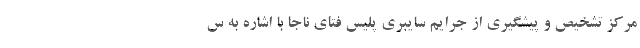
مرکز تشخیص و پیشگیری از جرایم سایبری پلیس فتای ناجا با اشاره به س